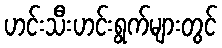
ဟင်းသီးဟင်းရွက်များတွင်